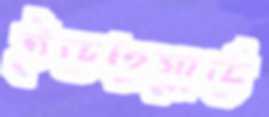
ইডওয়ার্ড